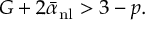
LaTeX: G + 2 \bar { \alpha } _ { \mathrm { n l } } > 3 - p .